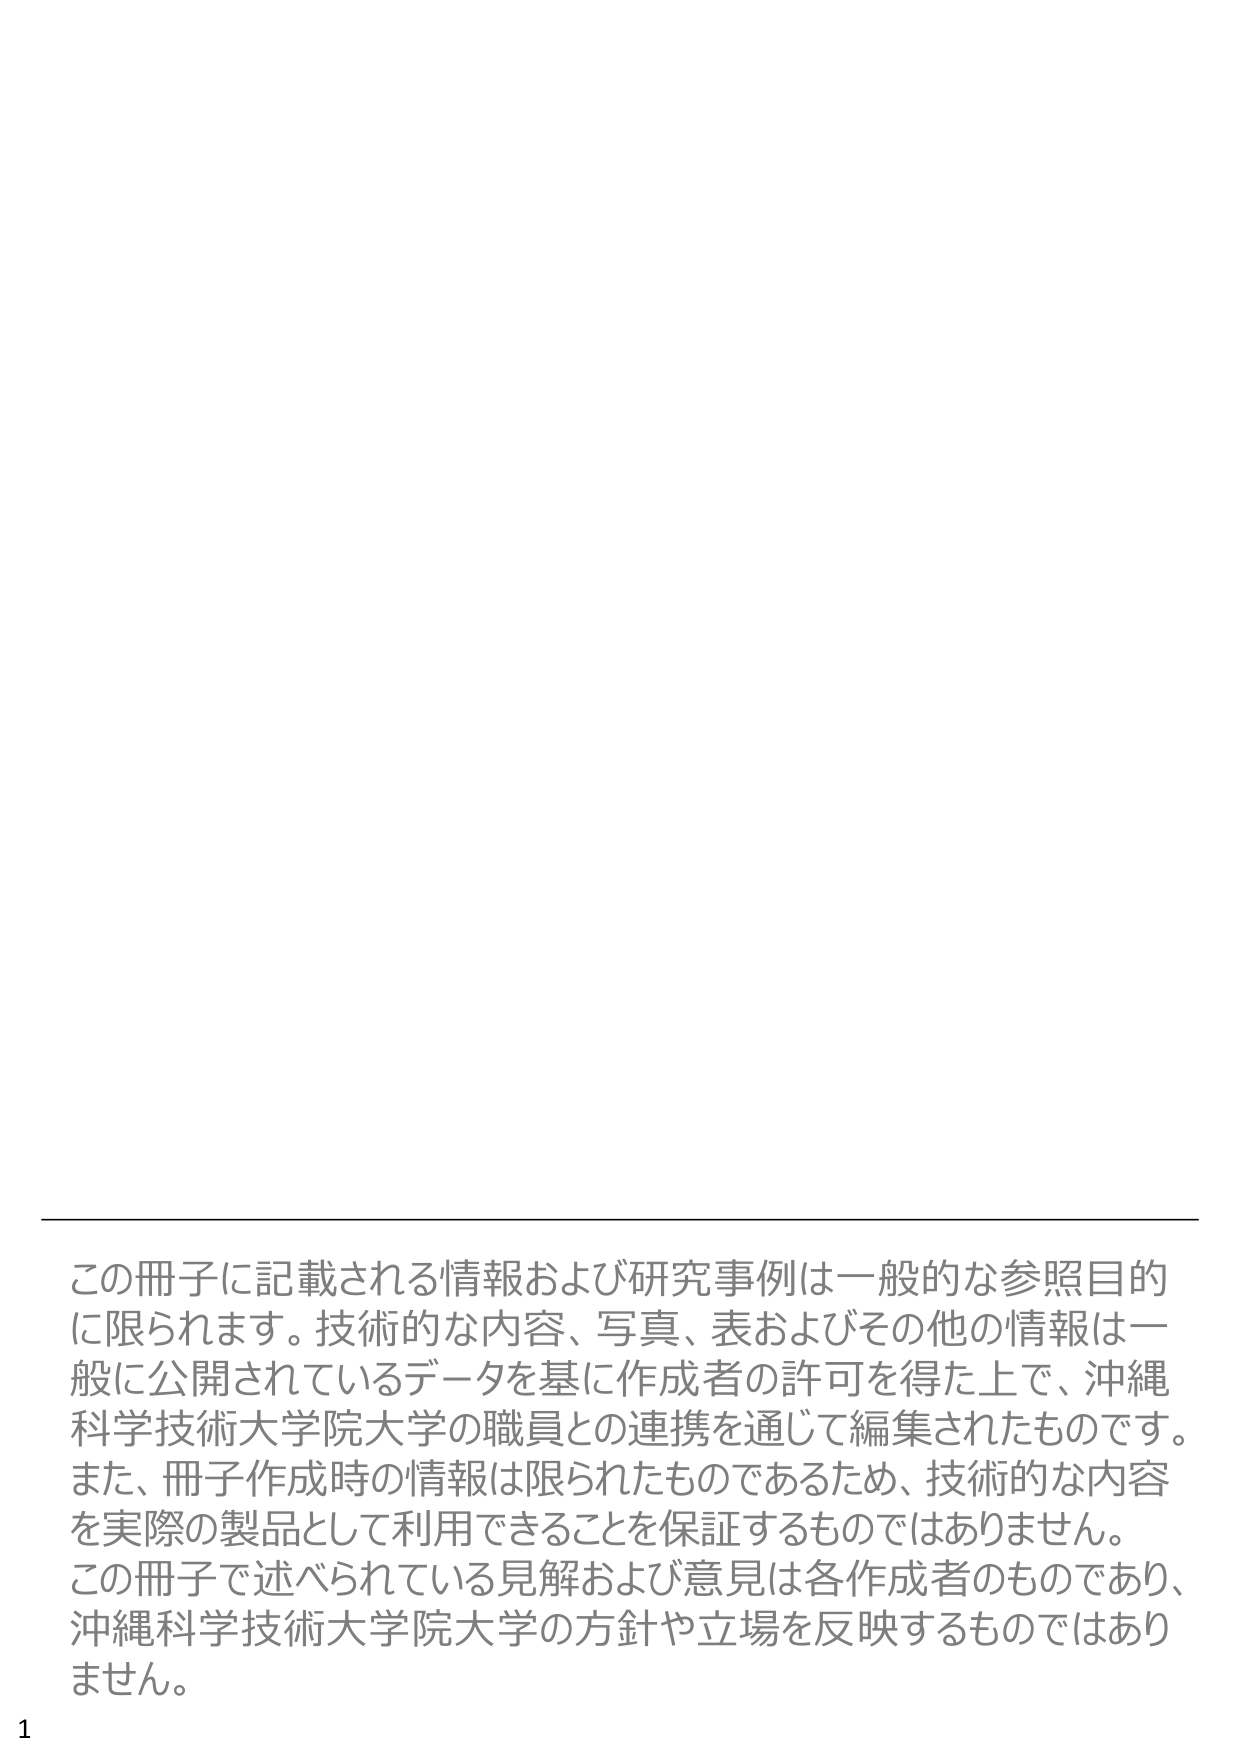
この冊子に記載される情報および研究事例は一般的な参照目的に限られます。技術的な内容、写真、表およびその他の情報は一般に公開されているデータを基に作成者の許可を得た上で、沖縄科学技術大学院大学の職員との連携を通じて編集されたものです。また、冊子作成時の情報は限られたものであるため、技術的な内容を実際の製品として利用できることを保証するものではありません。この冊子で述べられている見解および意見は各作成者のものであり、沖縄科学技術大学院大学の方針や立場を反映するものではありません。

1